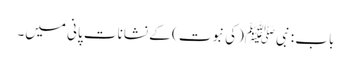
باب : نبیﷺ(کی نبوت ) کے نشانات پانی میں۔